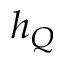
h _ { Q }